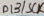
Text: D13/SCK